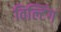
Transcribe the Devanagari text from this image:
विल्टिंग